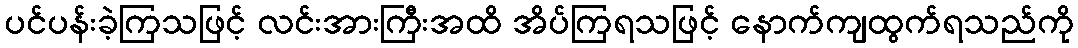
ပင်ပန်းခဲ့ကြသဖြင့် လင်းအားကြီးအထိ အိပ်ကြရသဖြင့် နောက်ကျထွက်ရသည်ကို